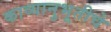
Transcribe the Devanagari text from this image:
काव्यानुभूतीचे